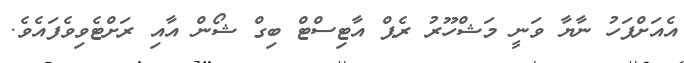
އެއަށްފަހު ނާޔާ ވަނީ މަޝްހޫރު ރެޕް އާޓިސްޓް ބިގް ޝޯން އާއި ރަށްޓެވިވެފައެވެ.